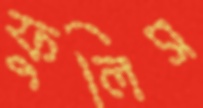
ফুলিস